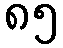
၈၅